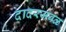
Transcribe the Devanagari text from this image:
दादरजवळ